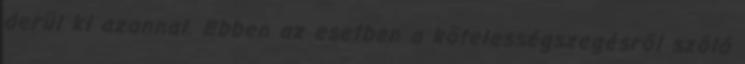
derül ki azonnal. Ebben az esetben a kötelességszegésről szóló